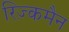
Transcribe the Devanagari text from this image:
रिज़्कमैन